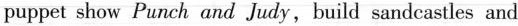
puppet show Pwnck and Jwdy, buid sandeastles and